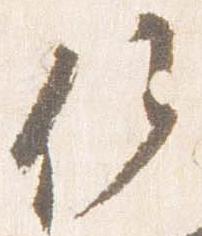
候